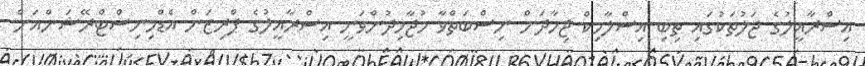
އިސްރާއީލުގެ ޖަލުތަކުގައި ތިބި އިސްލާމިކް ޖިހާދަށް ނިސްބަތްވާ މުޖާހިދުންވަނީ އިސްރާއީލުގެ ޕްރިޒަން އެޑްމިނިސްޓްރޭޝަންއަށް